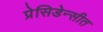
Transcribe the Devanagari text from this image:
प्रेसिडेन्सीत